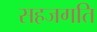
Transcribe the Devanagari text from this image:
सहजगति